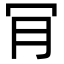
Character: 肎